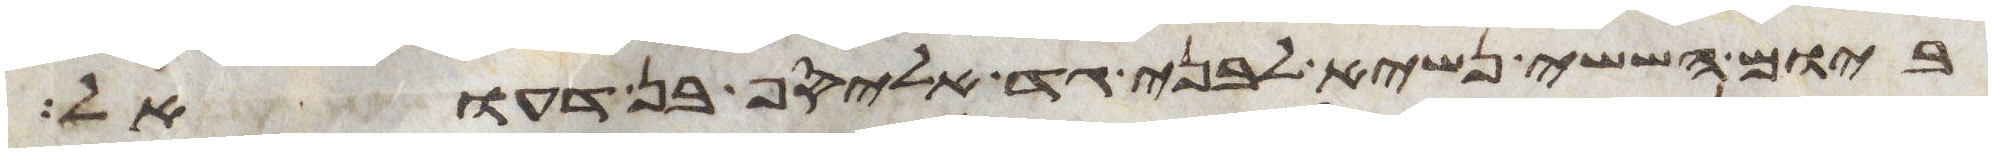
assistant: ביום הששי נשיא לבני גד אליסף בן דעואל